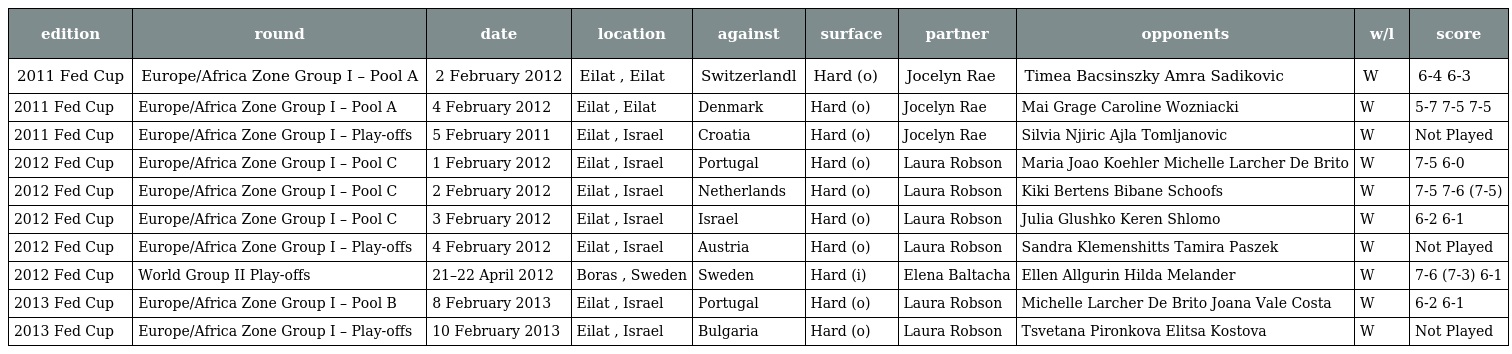
| edition | round | date | location | against | surface | partner | opponents | w/l | score |
 | --- | --- | --- | --- | --- | --- | --- | --- | --- | --- |
 | 2011 Fed Cup | Europe/Africa Zone Group I – Pool A | 2 February 2012 | Eilat , Eilat | Switzerlandl | Hard (o) | Jocelyn Rae | Timea Bacsinszky Amra Sadikovic | W | 6-4 6-3 |
 | 2011 Fed Cup | Europe/Africa Zone Group I – Pool A | 4 February 2012 | Eilat , Eilat | Denmark | Hard (o) | Jocelyn Rae | Mai Grage Caroline Wozniacki | W | 5-7 7-5 7-5 |
 | 2011 Fed Cup | Europe/Africa Zone Group I – Play-offs | 5 February 2011 | Eilat , Israel | Croatia | Hard (o) | Jocelyn Rae | Silvia Njiric Ajla Tomljanovic | W | Not Played |
 | 2012 Fed Cup | Europe/Africa Zone Group I – Pool C | 1 February 2012 | Eilat , Israel | Portugal | Hard (o) | Laura Robson | Maria Joao Koehler Michelle Larcher De Brito | W | 7-5 6-0 |
 | 2012 Fed Cup | Europe/Africa Zone Group I – Pool C | 2 February 2012 | Eilat , Israel | Netherlands | Hard (o) | Laura Robson | Kiki Bertens Bibane Schoofs | W | 7-5 7-6 (7-5) |
 | 2012 Fed Cup | Europe/Africa Zone Group I – Pool C | 3 February 2012 | Eilat , Israel | Israel | Hard (o) | Laura Robson | Julia Glushko Keren Shlomo | W | 6-2 6-1 |
 | 2012 Fed Cup | Europe/Africa Zone Group I – Play-offs | 4 February 2012 | Eilat , Israel | Austria | Hard (o) | Laura Robson | Sandra Klemenshitts Tamira Paszek | W | Not Played |
 | 2012 Fed Cup | World Group II Play-offs | 21–22 April 2012 | Boras , Sweden | Sweden | Hard (i) | Elena Baltacha | Ellen Allgurin Hilda Melander | W | 7-6 (7-3) 6-1 |
 | 2013 Fed Cup | Europe/Africa Zone Group I – Pool B | 8 February 2013 | Eilat , Israel | Portugal | Hard (o) | Laura Robson | Michelle Larcher De Brito Joana Vale Costa | W | 6-2 6-1 |
 | 2013 Fed Cup | Europe/Africa Zone Group I – Play-offs | 10 February 2013 | Eilat , Israel | Bulgaria | Hard (o) | Laura Robson | Tsvetana Pironkova Elitsa Kostova | W | Not Played |